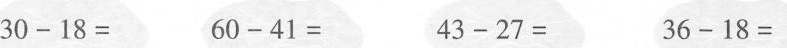
30-18= 60-41= 43-27= 36-18=